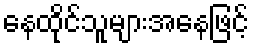
နေထိုင်သူများအနေဖြင့်